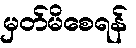
မှတ်မိစေရန်